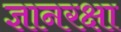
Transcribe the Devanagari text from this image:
ज्ञानरक्षा